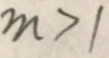
m > 1